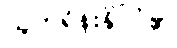
ယူကရိန်းနိုင်ငံ၏